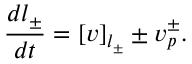
\frac { d l _ { \pm } } { d t } = [ v ] _ { l _ { \pm } } \pm v _ { p } ^ { \pm } .